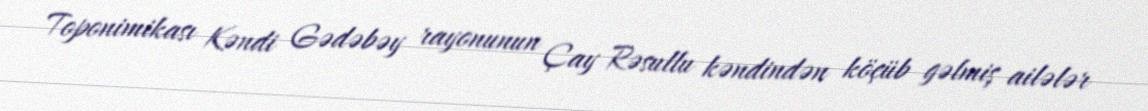
Toponimikası Kəndi Gədəbəy rayonunun Çay Rəsullu kəndindən köçüb gəlmiş ailələr